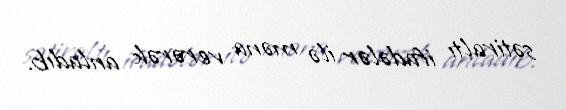
sətiraltı ifadələr ilə məna verərək anladıb.